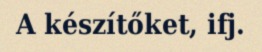
A készítőket, ifj.